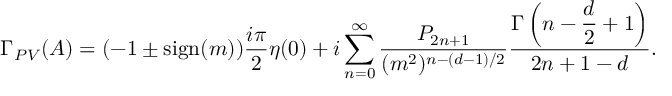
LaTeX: \Gamma _ { P V } ( A ) = ( - 1 \pm \mathrm { s i g n } ( m ) ) \frac { i \pi } { 2 } \eta ( 0 ) + i \sum _ { n = 0 } ^ { \infty } \frac { P _ { 2 n + 1 } } { ( m ^ { 2 } ) ^ { n - ( d - 1 ) / 2 } } \frac { \Gamma \left( n - \displaystyle { \frac { d } { 2 } } + 1 \right) } { 2 n + 1 - d } .